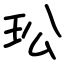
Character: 玜